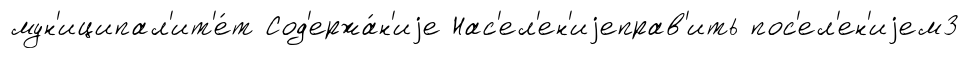
мун'иципал'ит'е́т Сод'ержа́н'иjе Нас'ел'ен'иjеправ'ить пос'ел'ен'иjем3